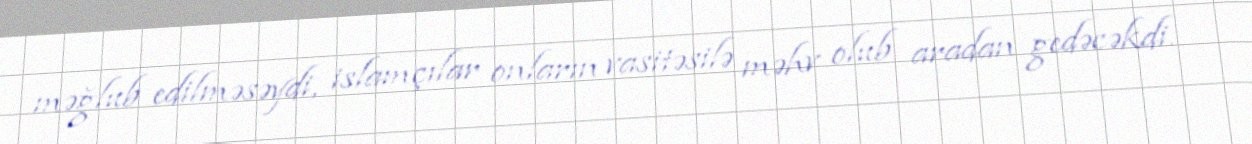
məğlub edilməsəydi, islamçılar onların vasitəsilə məhv olub aradan gedəcəkdi.